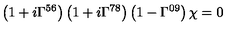
\left( 1 + i \Gamma ^ { 5 6 } \right) \left( 1 + i \Gamma ^ { 7 8 } \right) \left( 1 - \Gamma ^ { 0 9 } \right) \chi = 0